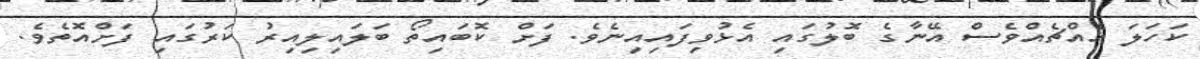
ކަހަލަ އެއްޗެއްވެސް އޭނާގެ ބޮލުގައި އެޅުވިފައިއިނެވެ. ފަށް ކޮބައިތޯ ބަލައިލިއިރު ކަރުގައި ފަށްއޮތެވެ.